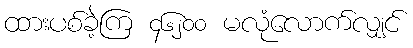
ထားပစ်ခဲ့ကြ ၄၆၂၀၀ မလုံလောက်လျှင်